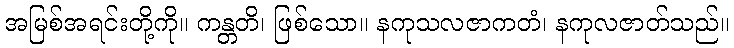
အမြစ်အရင်းတို့ကို။ ကန္တတိ၊ ဖြစ်သော။ နကုသလဇာကတံ၊ နကုလဇာတ်သည်။